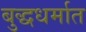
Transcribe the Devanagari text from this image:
बुद्धधर्मात